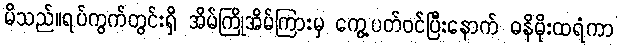
မိသည်။ရပ်ကွက်တွင်းရှိ အိမ်ကြိုအိမ်ကြားမှ ကွေ့ပတ်ဝင်ပြီးနောက် ဓနိမိုးထရံကာ